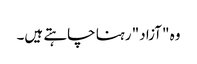
وہ "آزاد" رہنا چاہتے ہیں۔